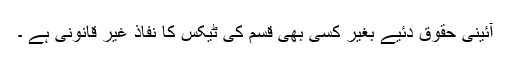
آئینی حقوق دئیے بغیر کسی بھی قسم کی ٹیکس کا نفاذ غیر قانونی ہے ۔